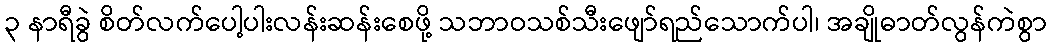
၃ နာရီခွဲ စိတ်လက်ပေါ့ပါးလန်းဆန်းစေဖို့ သဘာဝသစ်သီးဖျော်ရည်သောက်ပါ၊ အချိုဓာတ်လွန်ကဲစွာ